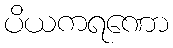
ပိယကရဏော